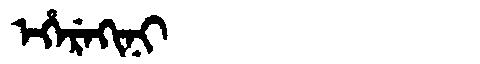
Manchu: ᡝᡥᡝᡵᡝᡴᡳᠨᡳ
Romanization: EHEREKINI